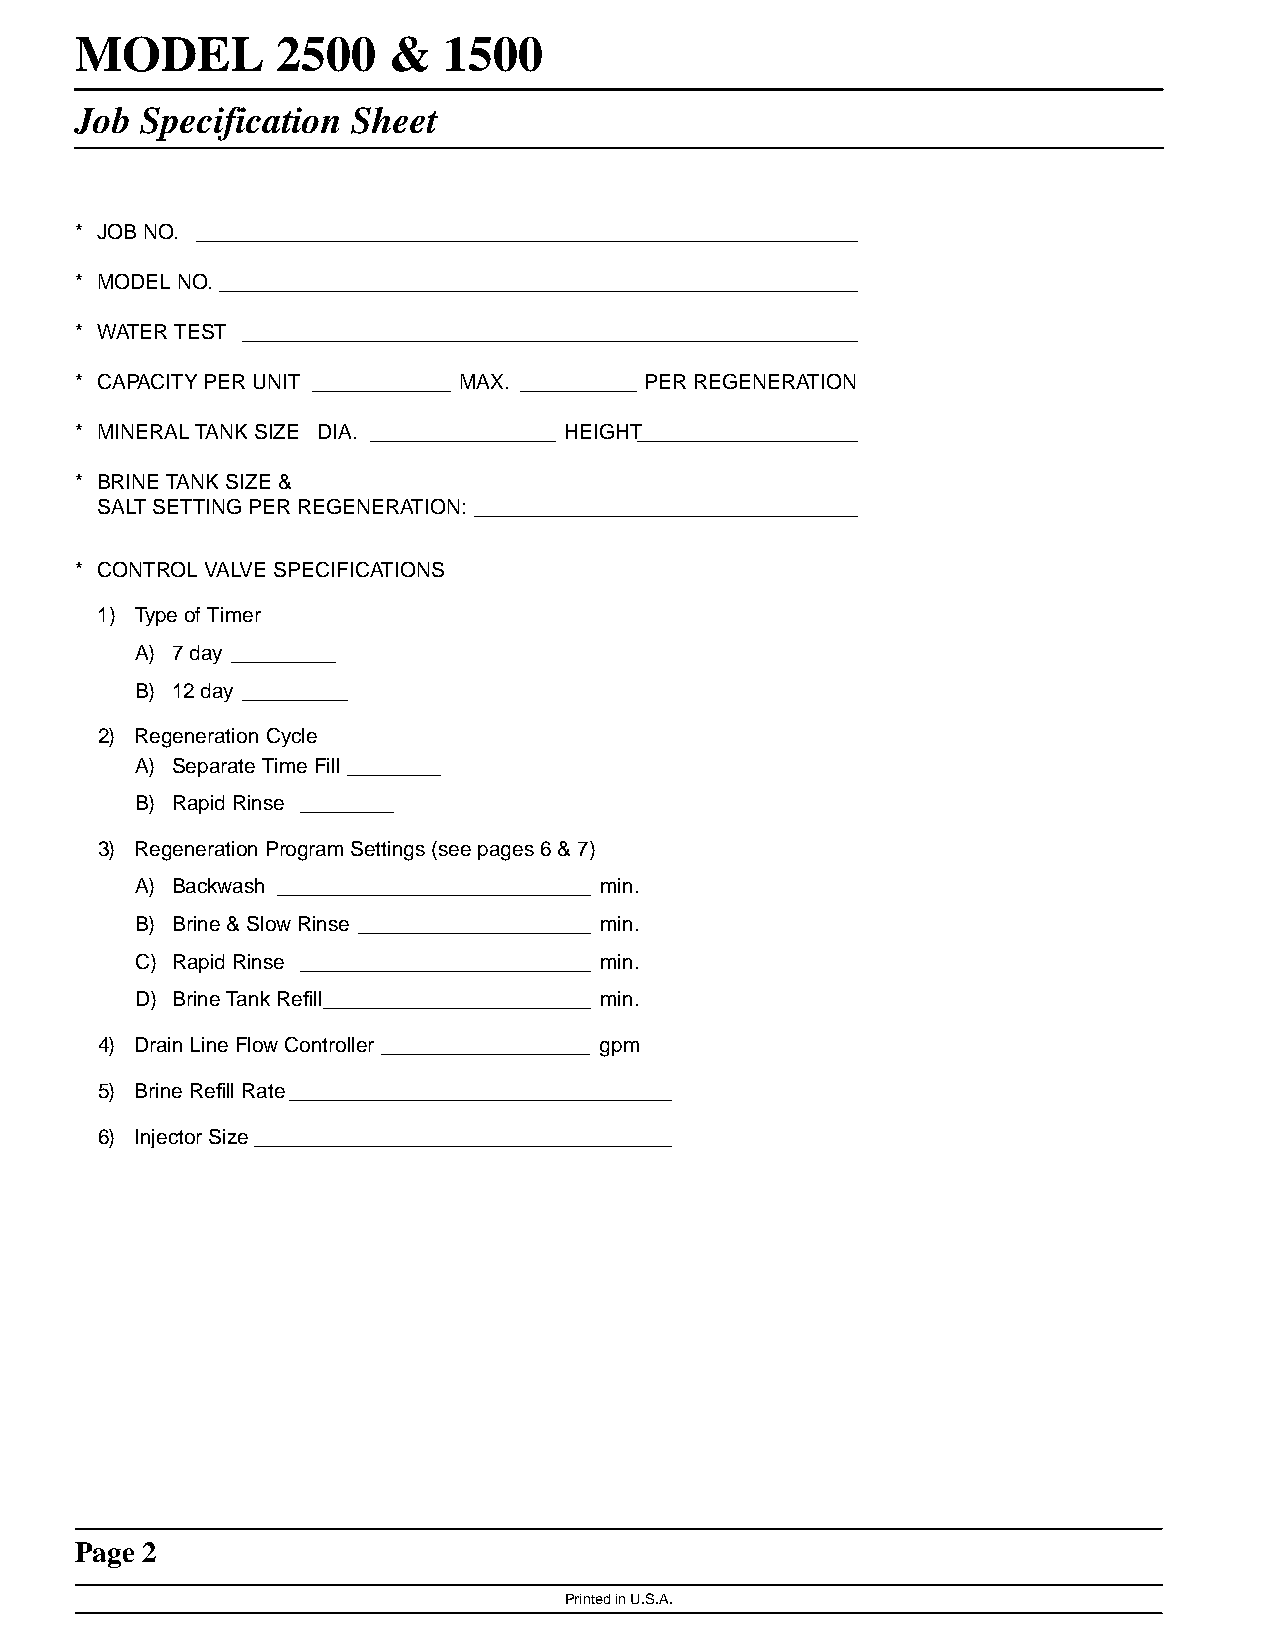
MMOODDEELL   22550000 && 11550000
 Job Specification Sheet
 * JOB NO. _________________________________________________________
 * MODEL NO. _______________________________________________________
 * WATER TEST _____________________________________________________
 * CAPACITY PER UNIT ____________ MAX. __________ PER REGENERATION
 * MINERAL TANK SIZE DIA. ________________ HEIGHT___________________
 * BRINE TANK SIZE &
 SALT SETTING PER REGENERATION: _________________________________
 * CONTROL VALVE SPECIFICATIONS
 1) Type of Timer
 A) 7 day _________
 B) 12 day _________
 2) Regeneration Cycle
 A) Separate Time Fill________
 B) Rapid Rinse ________
 3) Regeneration Program Settings (see pages 6 & 7)
 A) Backwash ___________________________ min.
 B) Brine & Slow Rinse ____________________ min.
 C) Rapid Rinse _________________________ min.
 D) Brine Tank Refill_______________________ min.
 4) Drain Line Flow Controller __________________ gpm
 5) Brine Refill Rate_________________________________
 6) Injector Size____________________________________
 Page 2
 Printed in U.S.A.